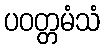
ပဝတ္တမံသံ